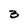
Character: 2